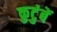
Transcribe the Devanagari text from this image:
कुटुंबें